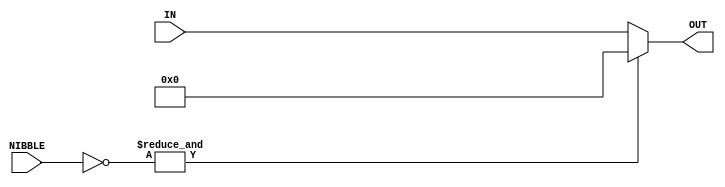
// MIT License
// 
// Copyright (c) 2021-2024 iCAS Lab
// 
// Permission is hereby granted, free of charge, to any person obtaining a copy
// of this software and associated documentation files (the "Software"), to deal
// in the Software without restriction, including without limitation the rights
// to use, copy, modify, merge, publish, distribute, sublicense, and/or sell
// copies of the Software, and to permit persons to whom the Software is
// furnished to do so, subject to the following conditions:
// 
// The above copyright notice and this permission notice shall be included in all
// copies or substantial portions of the Software.
// 
// THE SOFTWARE IS PROVIDED "AS IS", WITHOUT WARRANTY OF ANY KIND, EXPRESS OR
// IMPLIED, INCLUDING BUT NOT LIMITED TO THE WARRANTIES OF MERCHANTABILITY,
// FITNESS FOR A PARTICULAR PURPOSE AND NONINFRINGEMENT. IN NO EVENT SHALL THE
// AUTHORS OR COPYRIGHT HOLDERS BE LIABLE FOR ANY CLAIM, DAMAGES OR OTHER
// LIABILITY, WHETHER IN AN ACTION OF CONTRACT, TORT OR OTHERWISE, ARISING FROM,
// OUT OF OR IN CONNECTION WITH THE SOFTWARE OR THE USE OR OTHER DEALINGS IN THE
// SOFTWARE.

// Company: iCAS Lab, University of South Carolina
// Design Name: 
// Module Name: Zero_Mux
// Project Name: 
// Target Devices: 
// Tool Versions: 
// Description: 
// 
// Dependencies: 
// 
// Revision:
// Revision 0.01 - File Created
// Additional Comments:
// 
//////////////////////////////////////////////////////////////////////////////////

`timescale 1ns / 1ps

module Zero_Mux #(parameter LOG2_WIDTH = 4, WIDTH = 2**LOG2_WIDTH, WEIGHT_NIBBLE = 0,
								 LOG2_NIBBLE_WIDTH = 2, NIBBLE_WIDTH = 2**LOG2_NIBBLE_WIDTH)
(
input	wire	[NIBBLE_WIDTH-1:0]	NIBBLE,
input	wire	[2*WIDTH-1:0]		IN,
output	wire	[2*WIDTH-1:0]		OUT
);

assign OUT = &(~NIBBLE) ? 'd0: IN;

//assign OUT = (~NIBBLE[3] & ~NIBBLE[2] & ~NIBBLE[1] & ~NIBBLE[0]) ? 'd0 : IN ;

endmodule